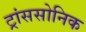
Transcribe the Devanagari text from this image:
ट्रांससोनिक